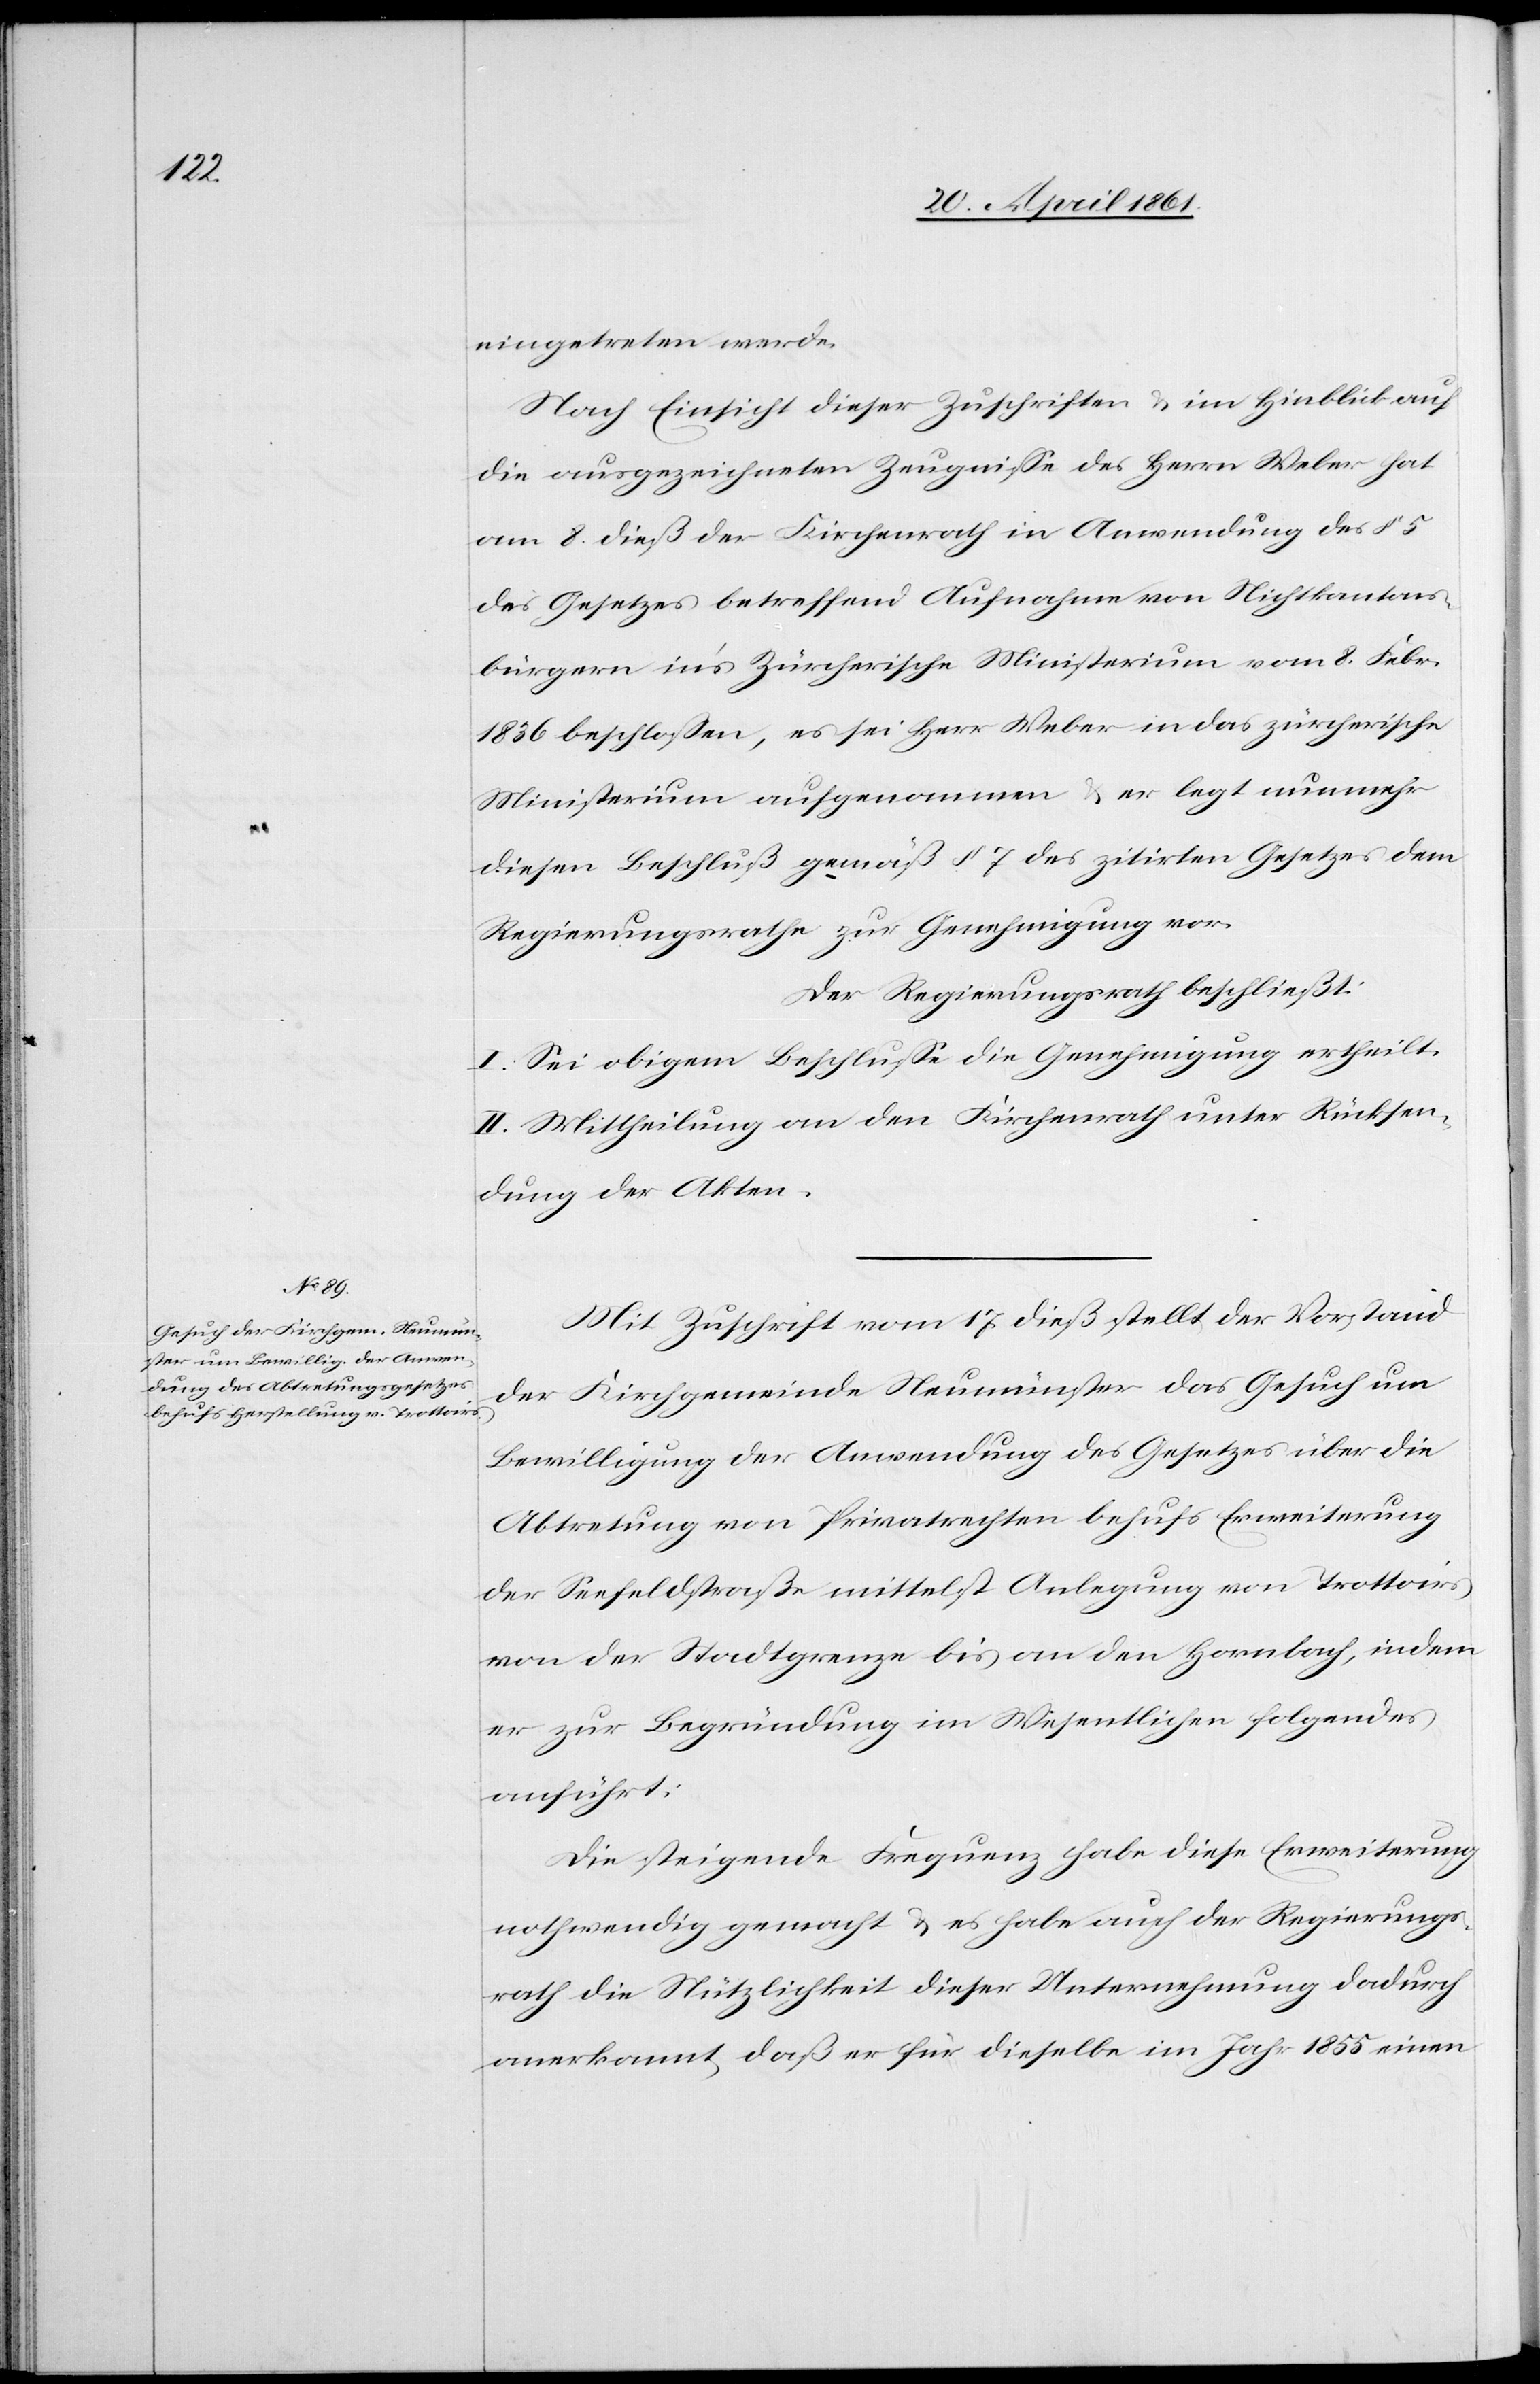
eingetreten werde.
Nach Einsicht dieser Zuschriften u. im Hinblick auf
die ausgezeichneten Zeugnisse des Herrn Weber hat
am 8. dieß der Kirchenrath in Anwendung des § 5
des Gesetzes betreffend Aufnahme von Nichtkantons¬
bürgern in’s Zürcherische Ministerium vom 8. Febr.
1836 beschlossen, es sei Herr Weber in das zürcherische
Ministerium aufgenommen u. er legt nunmehr
diesen Beschluß gemäß § 7 des zitirten Gesetzes dem
Regierungsrathe zur Genehmigung vor.
Der Regierungsrath beschließt:
I. Sei obigem Beschlusse die Genehmigung ertheilt.
II. Mittheilung an den Kirchenrath unter Rücksen¬
dung der Akten.
Mit Zuschrift vom 17. dieß stellt der Vorstand
der Kirchgemeinde Neumünster das Gesuch um
Bewilligung der Anwendung des Gesetzes über die
Abtretung von Privatrechten behufs Erweiterung
der Seefeldstraße mittelst Anlegung von Trottoirs
von der Stadtgrenze bis an den Hornbach, indem
er zur Begründung im Wesentlichen folgendes
anführt:
Die steigende Frequenz habe diese Erweiterung
nothwendig gemacht u. es habe auch der Regierungs¬
rath die Nützlichkeit dieser Unternehmung dadurch
anerkannt, daß er für dieselbe im Jahr 1855 einen